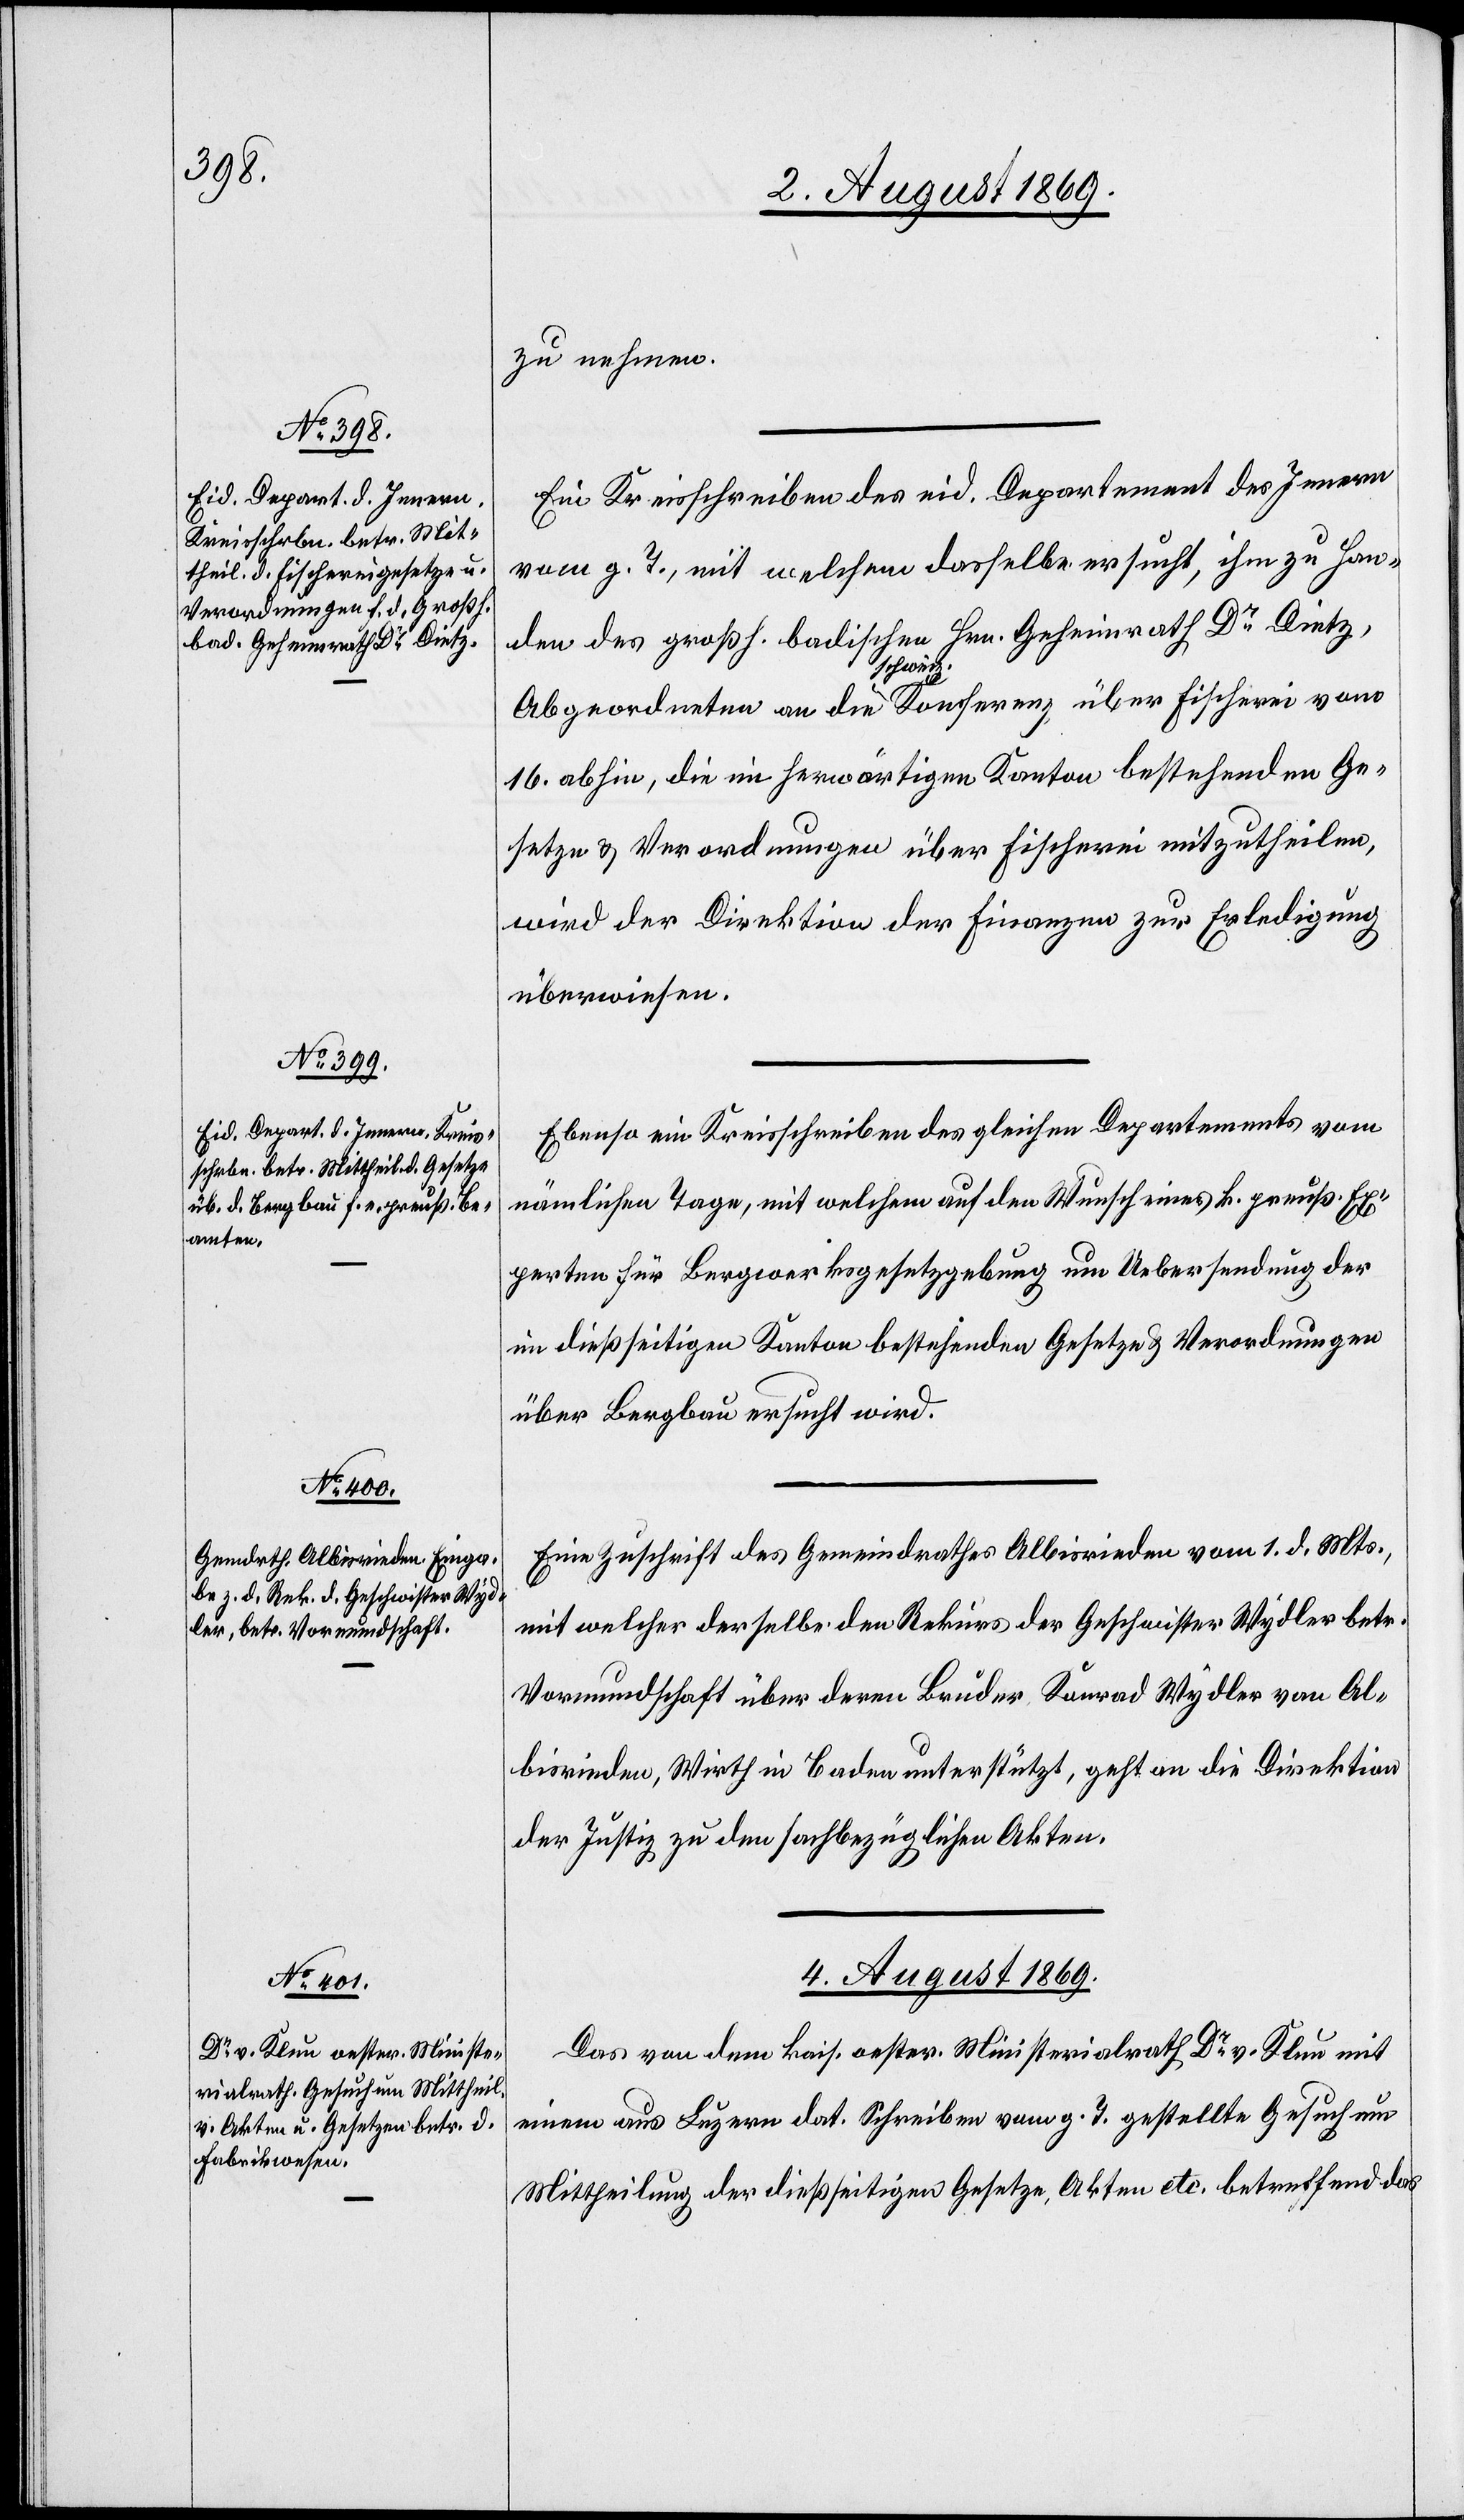
zu nehmen.
Ein Kreisschreiben des eid. Departements des Innern
vom g. T., mit welchem dasselbe ersucht, ihm zu Han¬
den des großh. badischen Hrn. Geheimrath Dr Dietz,
Abgeordneten an die schweiz. Konferenz über Fischerei vom
16. abhin, die im herwärtigen Kanton bestehenden Ge¬
setze & Verordnungen über Fischerei mitzutheilen,
wird der Direktion der Finanzen zur Erledigung
überwiesen.
Ebenso ein Kreisschreiben des gleichen Departements vom
nämlichen Tage, mit welchem auf den Wunsch eines k. preuß. Ex¬
perten für Bergwerksgesetzgebung um Uebersendung der
im dießseitigen Kanton bestehenden Gesetze & Verordnungen
über Bergbau ersucht wird.
Eine Zuschrift des Gemeindrathes Albisrieden vom 1. d. Mts.,
mit welcher derselbe den Rekurs der Geschwister Wydler betr.
Vormundschaft über deren Bruder Konrad Wydler von Al¬
bisrieden, Wirth in Baden unterstützt, geht an die Direktion
der Justiz zu den sachbezüglichen Akten.
4. August 1869.
Das von dem kais. oester. Ministerialrath Dr Klun mit
einem aus Luzern dat. Schreiben vom g. T. gestellte Gesuch um
Mittheilung der dießseitigen Gesetze, Akten etc. betreffend das